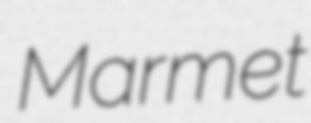
Marmet